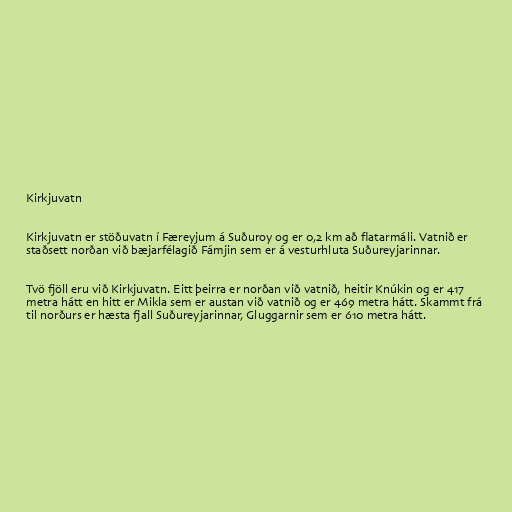
Kirkjuvatn

Kirkjuvatn er stöðuvatn í Færeyjum á Suðuroy og er 0,2 km að flatarmáli. Vatnið er
staðsett norðan við bæjarfélagið Fámjin sem er á vesturhluta Suðureyjarinnar.

Tvö fjöll eru við Kirkjuvatn. Eitt þeirra er norðan við vatnið, heitir Knúkin og er 417
metra hátt en hitt er Mikla sem er austan við vatnið og er 469 metra hátt. Skammt frá
til norðurs er hæsta fjall Suðureyjarinnar, Gluggarnir sem er 610 metra hátt.